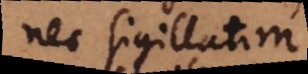
nec sigillatim